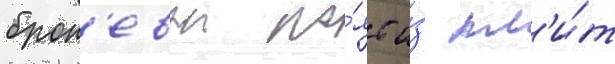
брон'евои по́яс и́з пл'и́т